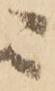
ニ